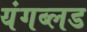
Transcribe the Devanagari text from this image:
यंगब्लड